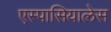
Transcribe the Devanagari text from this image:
एस्पासियालेस